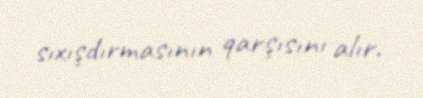
sıxışdırmasının qarşısını alır.